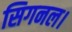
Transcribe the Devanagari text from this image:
सिगनल।